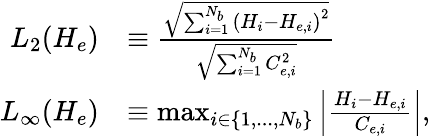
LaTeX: \begin{array}{rl}{L_{2}(H_{e})}&{\equiv\frac{\sqrt{\sum_{i=1}^{N_{b}}\left(H_{i}-H_{e,i}\right)^{2}}}{\sqrt{\sum_{i=1}^{N_{b}}C_{e,i}^{2}}}}\\ {L_{\infty}(H_{e})}&{\equiv\operatorname*{max}_{i\in\{ 1,...,N_{b}\} }\left|\frac{H_{i}-H_{e,i}}{C_{e,i}}\right|,}\end{array}